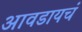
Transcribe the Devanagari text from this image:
आवडायचं